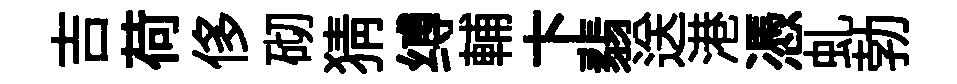
吉荷侈砌猜缚輔卞翡送港憑虬勃